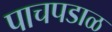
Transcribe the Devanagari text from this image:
पाचपडाळ